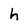
Character: h